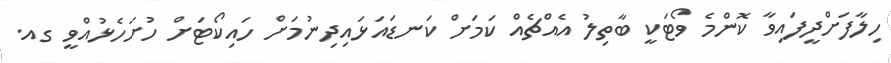
ހިލާފަށްދީފައިވާ ކޮންމެ ވޯޓަކީ ބާތިލު އެއްޗެއް ކަމަށް ކަނޑައަޅައިދިނުމަށް ހައިކޯޓަށް ހުށަހެޅުއްވީ ގއ.